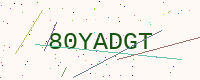
Text: 80YADGT